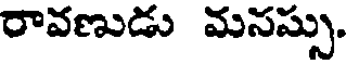
రావణుడు మనస్సు.